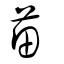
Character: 苗